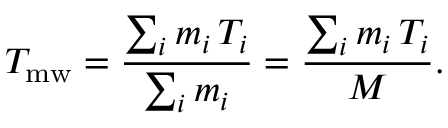
T _ { \mathrm { m w } } = \frac { \sum _ { i } m _ { i } \, T _ { i } } { \sum _ { i } m _ { i } } = \frac { \sum _ { i } m _ { i } \, T _ { i } } { M } .